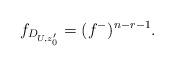
LaTeX: \begin{align*} f_{D_{U,z'_0}}=(f^-)^{n-r-1}.\end{align*}